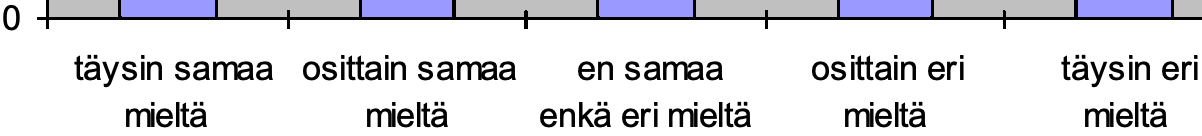
0 täysin samaa osittain samaa en samaa osittain eri täysin eri mieltä  mieltä enkä eri mieltä mieltä mieltä